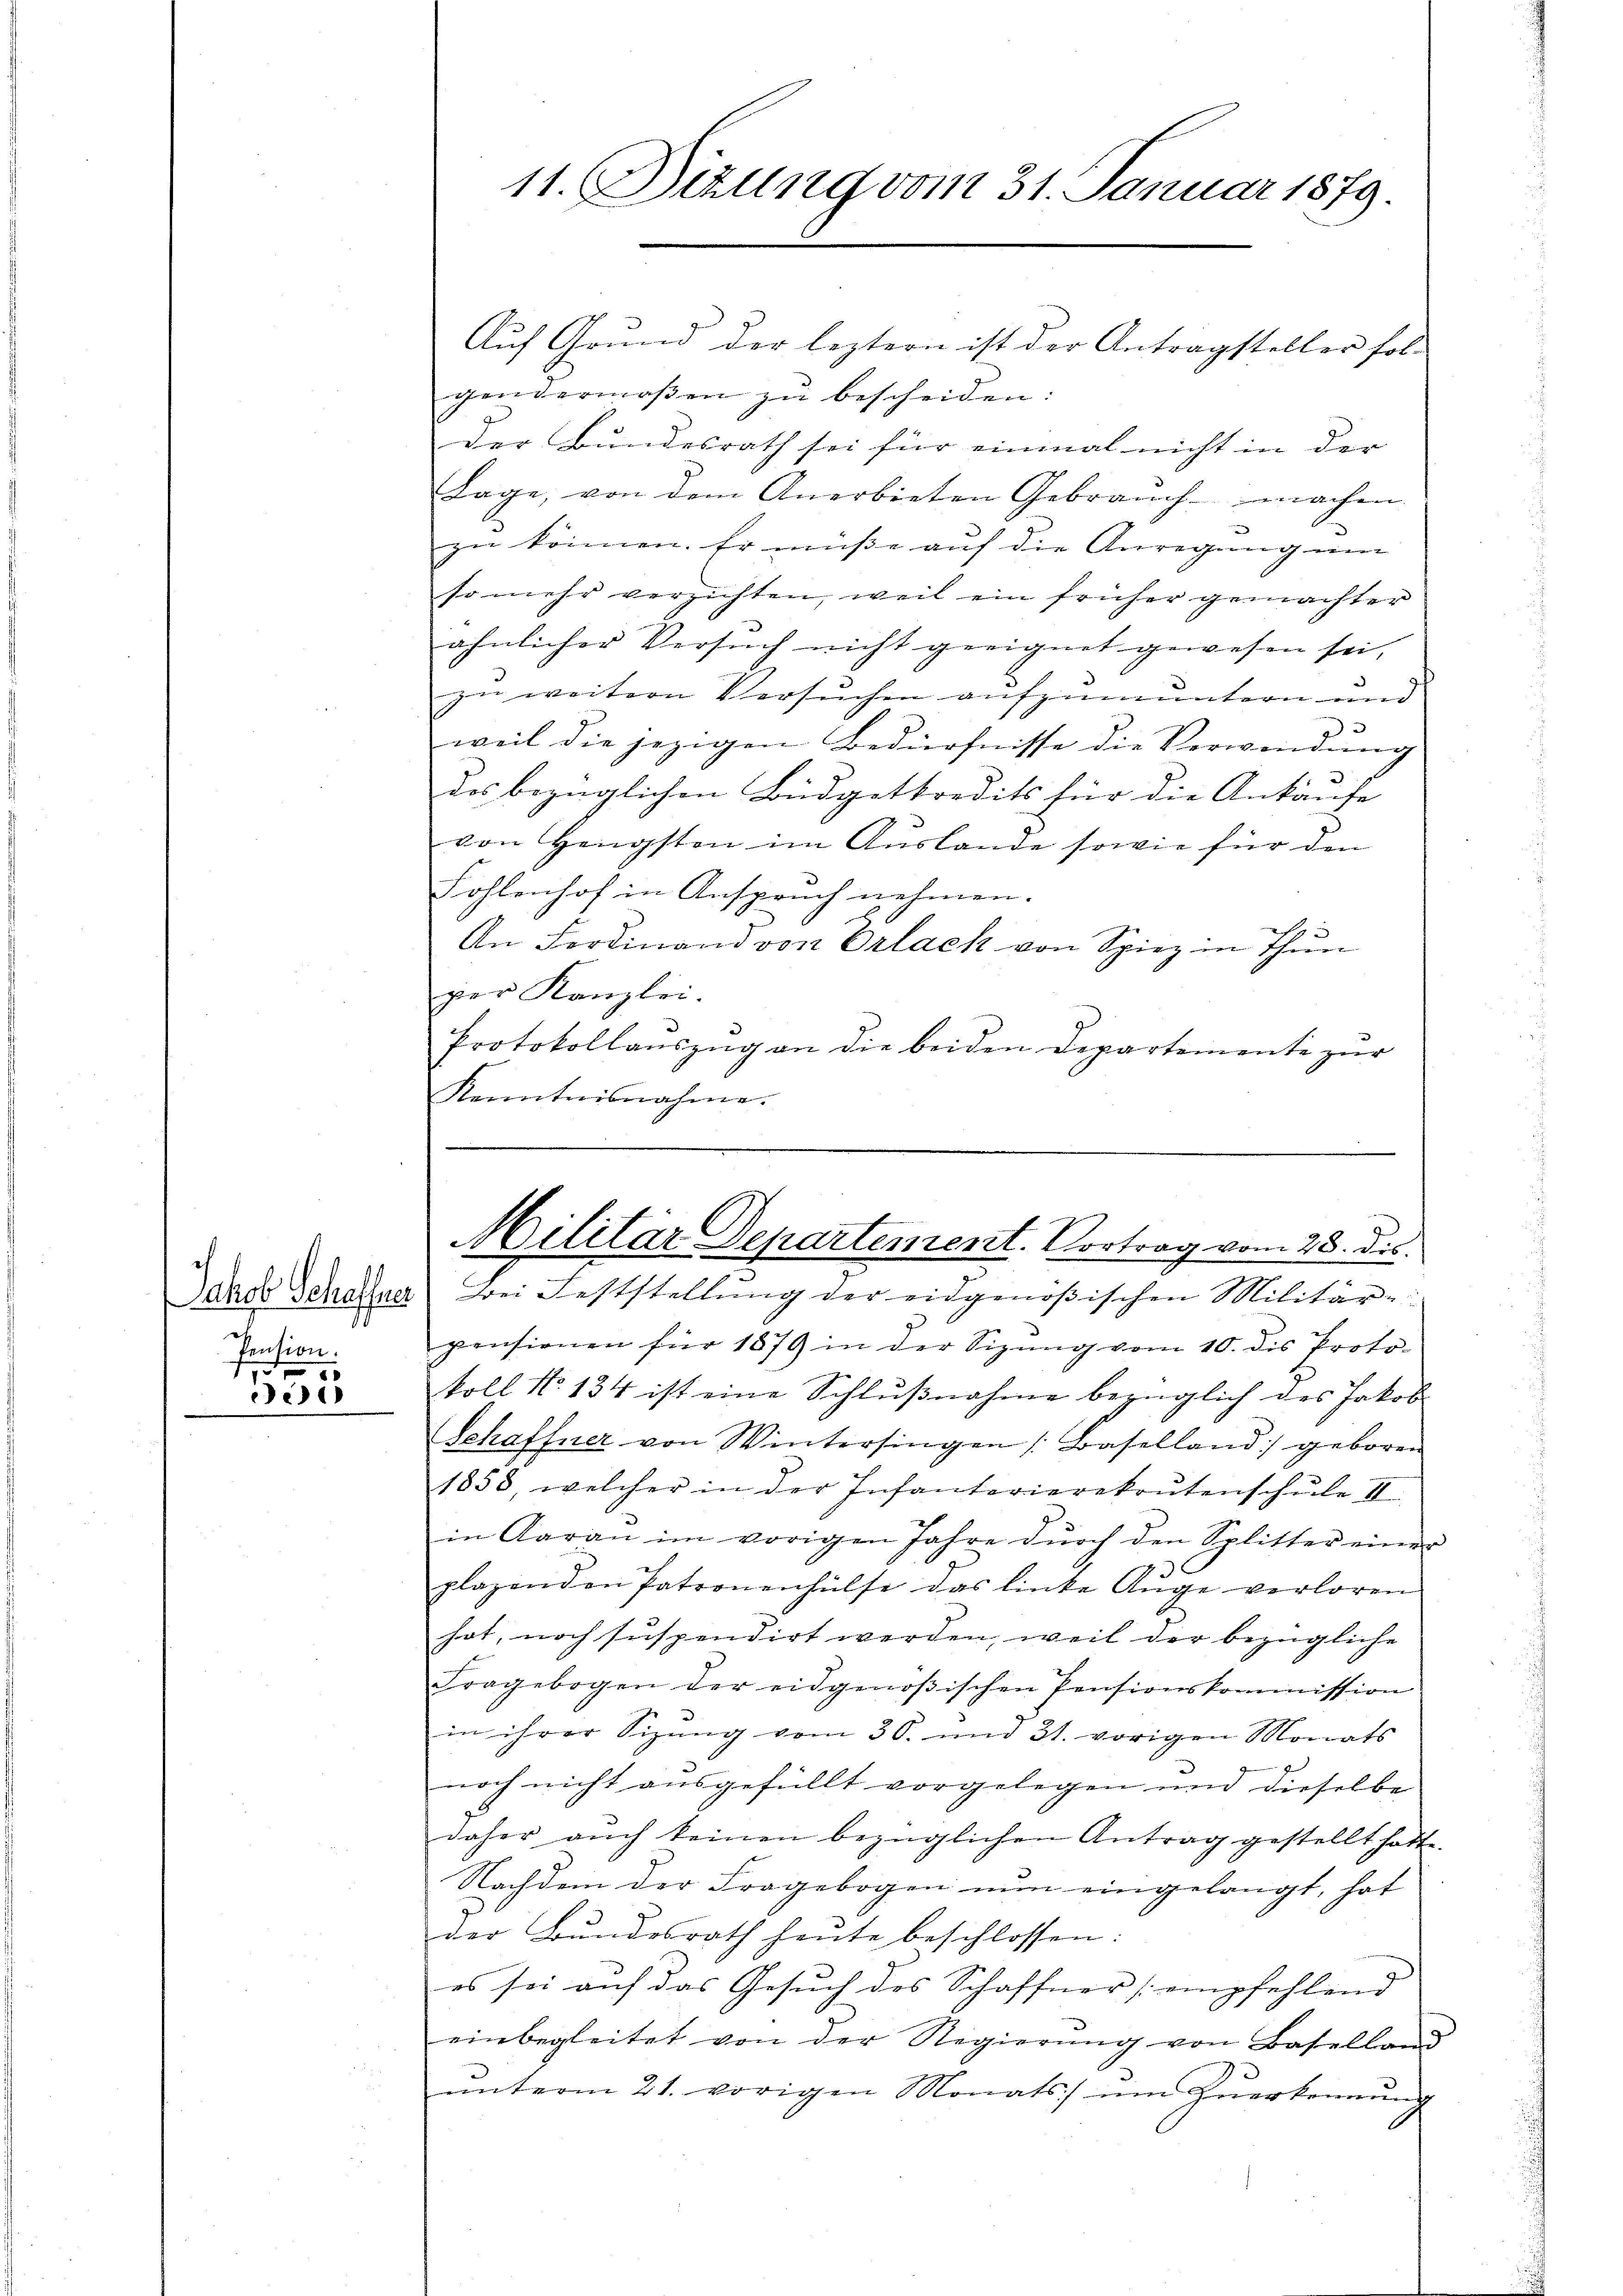
Pension.
d
2

11. Dizung vom 31. Januar 1879.

Auf Grund der leztern ist der Antragsteller fol-
gendermaβen zŭ bescheiden:
der Bundesrath sei für einmal nicht in der
Lage, von dem Anerbieten Gebraŭch machen.
zu können. Er müße auf die Anregung um
so mehr verzichten, weil ein früher gemachter
ähnlicher Versuch nicht geeignet gewesen sei,
zu weitere Versuchen aufzumuntern und |
3
weil die jezigen Bedürfnisse die Verwendung
3
des bezüglichen Büdgetkredits für die Ankäufe
von Hengsten im Auslande sowie für den
Fohlenhof in Anspruch nehmen.
An Ferdinand von Erlack von Spiez in Thun
pier Kanzlei.
Protokollauszug an die beiden Departemente zur
Kenntnisnahme.

Militär Departement. Vortrag vom 28. dis

dass derena Bei Feststellŭng der eidgenößischen Militär-
pensionen für 1879 in der Sizŭng vom 10. dis Proto-
koll No 134 ist eine Schlŭβnahme bezüglich des Jakob
Schaffner von Wintersingen Baselland geboren
1858, welcher in der Infanterierekoŭtenschŭle II.
in Aarau im vorigen Jahre dŭrch den Splitter einer
7
plazenden Patronenhülfe das linke Ange verloren
hat, noch suspendirt werden, weil der bezügliche
Fragebogen der eidgenößischen Pensionskommission
in ihrer Sizung vom 30. und 31. vorigen Monats
noch nicht ausgefüllt vorgelegen und dieselbe
daher aŭch keinen bezüglichen Antrag gestellt hatte.
Nachdem der Fragebogen nun eingelangt, hat
der Bundesrath heute beschlossen:
es sei auf das Gesŭch des Schaffner empfehlend
einbegleitet von der Regierung von Baselland
ŭnterm 21. vorigen Monats ŭm Zŭerkennung